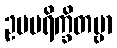
ဥပပရိက္ခိတဗ္ဗာ